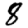
Digit: 8